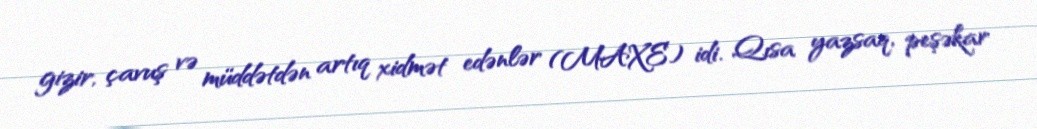
gizir, çavuş və müddətdən artıq xidmət edənlər (MAXE) idi. Qısa yazsaq, peşəkar